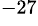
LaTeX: ^{-27}